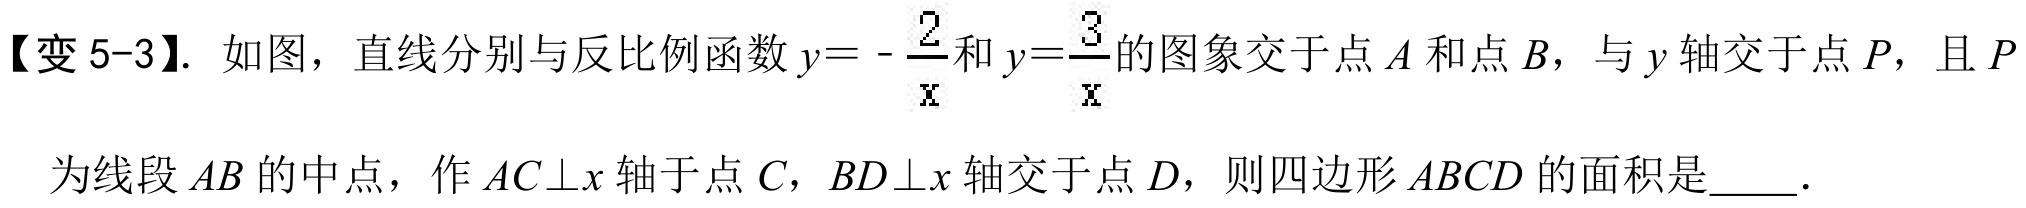
【变5 - 3】. 如图，直线分别与反比例函数 \(y =-\frac{2}{x}\) 和 \(y=\frac{3}{x}\) 的图象交于点 \(A\) 和点 \(B\)，与 \(y\) 轴交于点 \(P\)，且 \(P\)
为线段 \(AB\) 的中点，作 \(AC\perp x\) 轴于点 \(C\)，\(BD\perp x\) 轴交于点 \(D\)，则四边形 \(ABCD\) 的面积是  ．